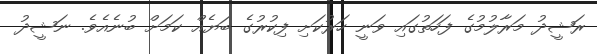
ރަޝީދު މަރާލުމުގެ ފަހަތުގައި ވަނީ ހަރުކަށި ފިކުރުގެ ބަޔެއް ކަމަށް ބުނެއެވެ. ނަޝީދު